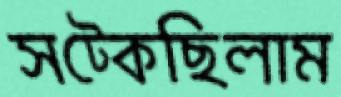
সট্‌কেছিলাম